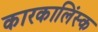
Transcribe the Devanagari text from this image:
कारकालिंस्क